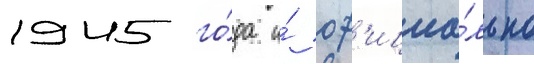
1945 го́да и́ оф'ициа́льно